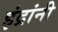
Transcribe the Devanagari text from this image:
इंद्रांनी